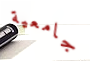
جامعية